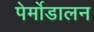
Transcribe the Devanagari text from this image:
पेर्मोडालन